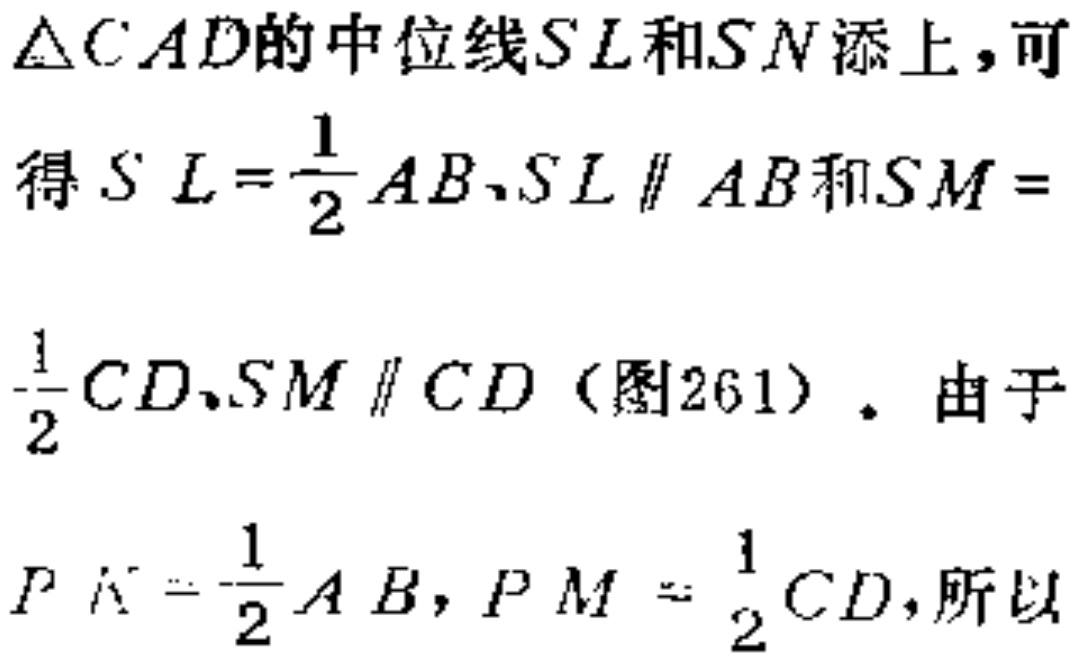
$\triangle CAD的中位线SL和SN添上，可$
$得SL = \frac{1}{2}AB、SL\parallel AB和SM =$
$\frac{1}{2}CD、SM\parallel CD（图261）.$ 由于
$PK = \frac{1}{2}AB,PM = \frac{1}{2}CD,所以$